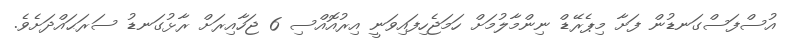
އުސްފަސްގަނޑުން ފަށާ މިޕެރޭޑް ނިންމާލުމަށް ހަމަޖެހިފައިވަނީ އިރުއޮއްސި 6 ޖަހާއިރަށް ރާޅުގަނޑު ސަރަޙައްދަށެވެ.